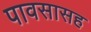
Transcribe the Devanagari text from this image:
पावसासह